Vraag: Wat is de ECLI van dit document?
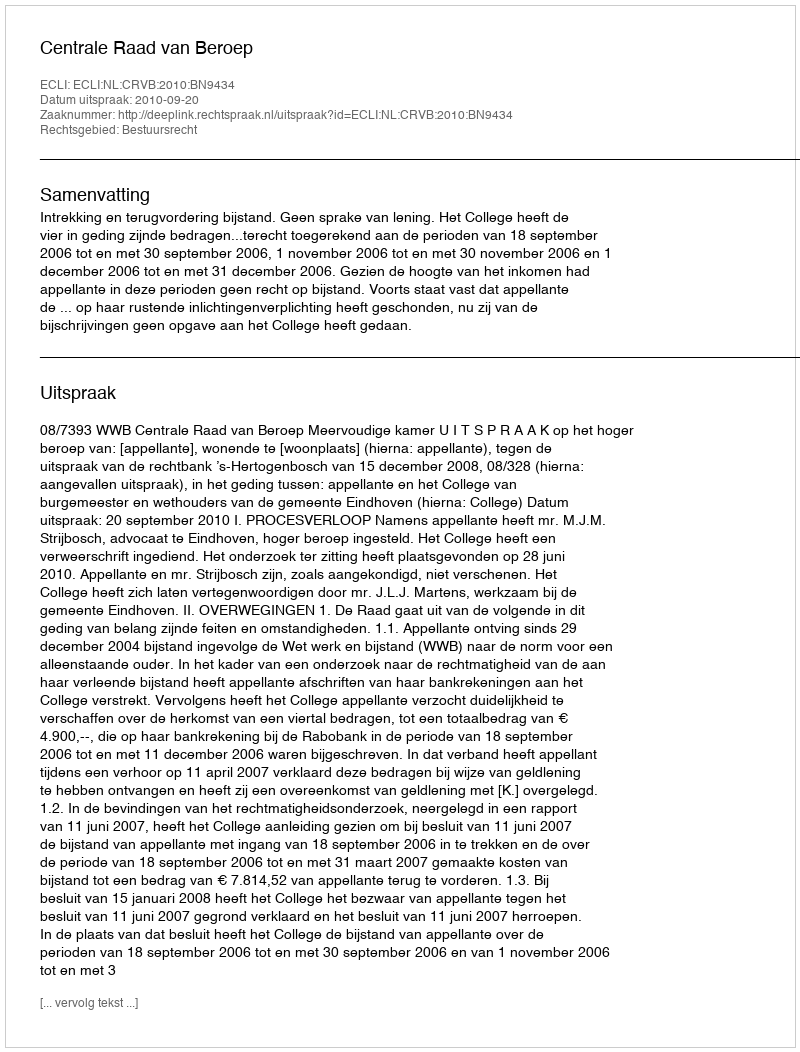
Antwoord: ECLI:NL:CRVB:2010:BN9434